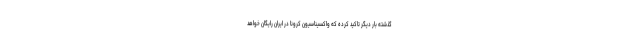
گذشته بار دیگر تاکید کرده که واکسیناسیون کرونا در ایران رایگان خواهد